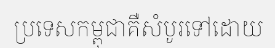
ប្រទេសកម្ពុជាគឺសំបូរទៅដោយ